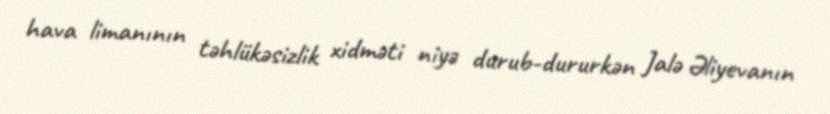
hava limanının təhlükəsizlik xidməti niyə durub-dururkən Jalə Əliyevanın